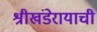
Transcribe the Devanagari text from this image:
श्रीखंडेरायाची